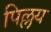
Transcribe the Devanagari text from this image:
पिल्लय